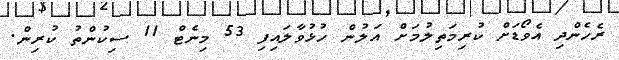
ރެހެންދި އެވޯޑަށް ކުރިމަތިލުމަށް އަލުން ހުޅުވާލައިފި 53 މިނެޓް 11 ސިކުންތު ކުރިން.